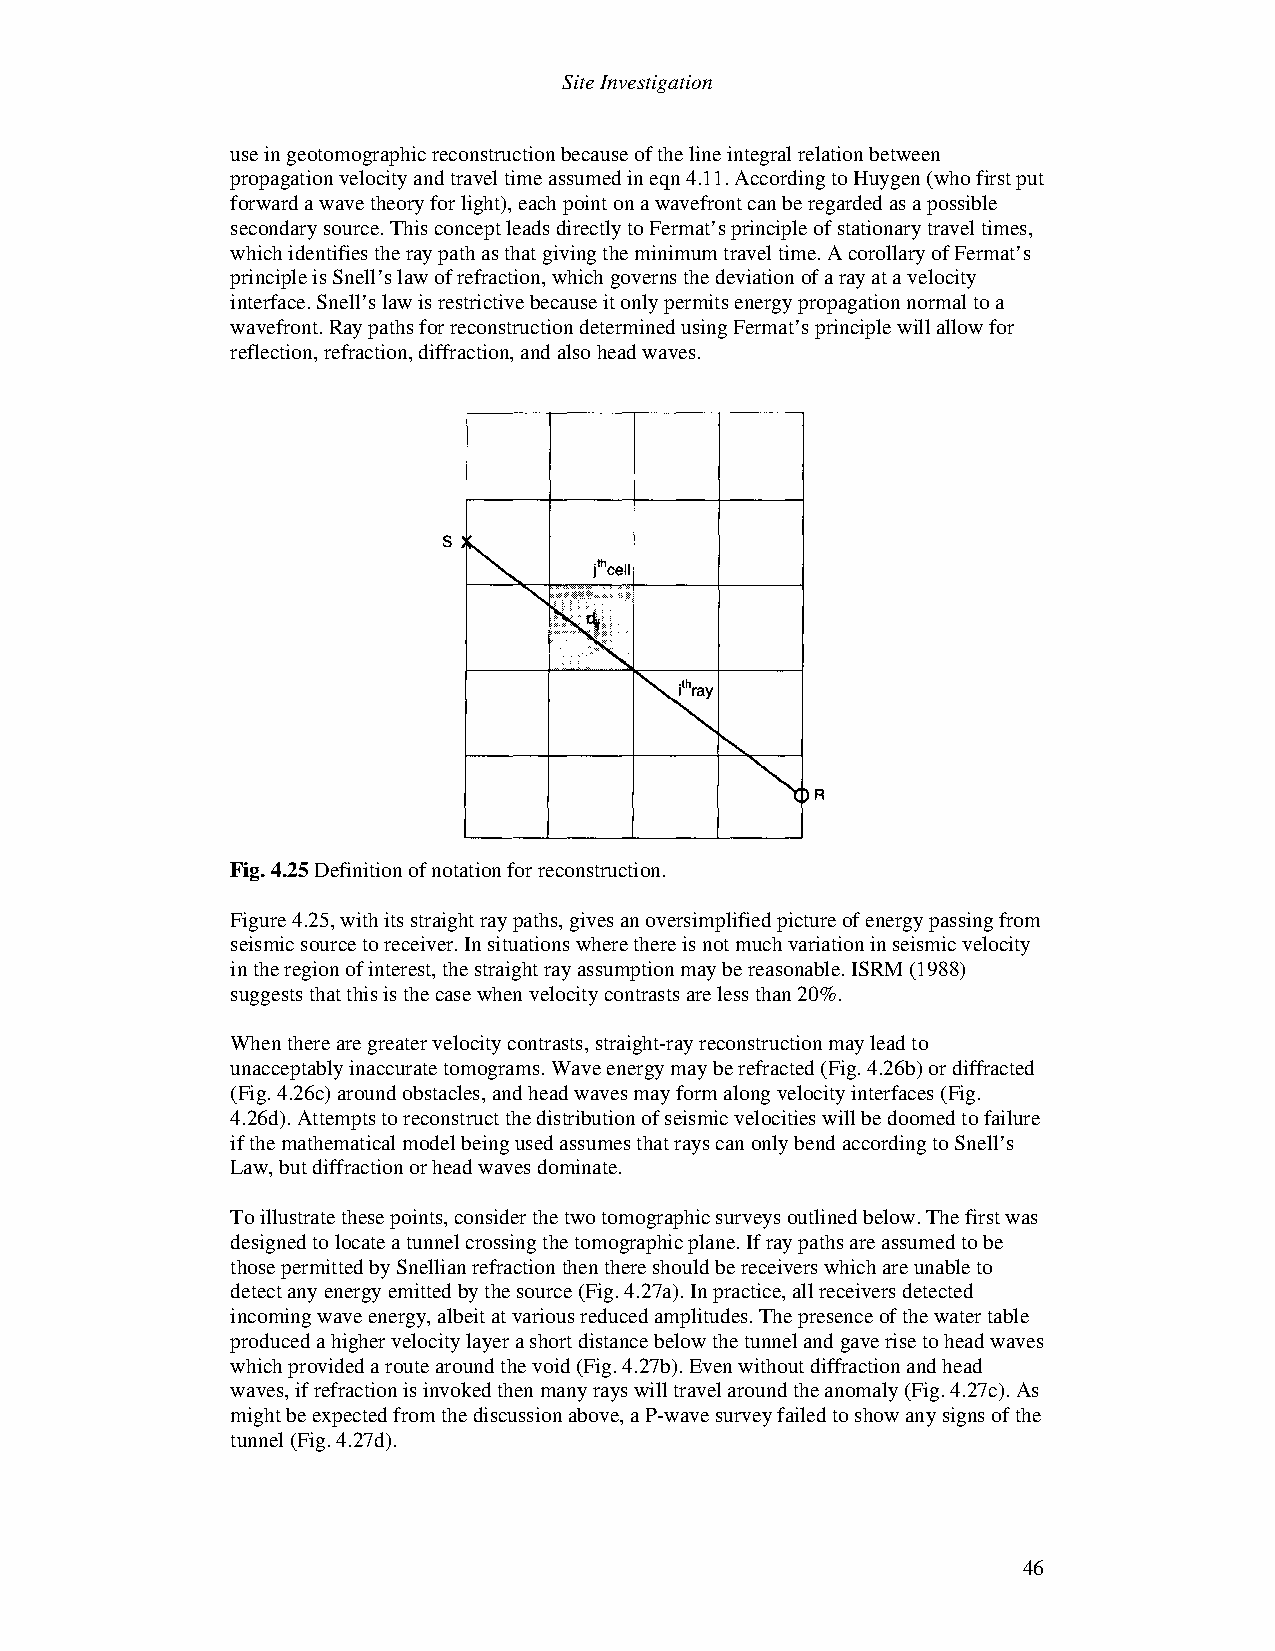
Site Investigation
 use in geotomographic reconstruction because of the line integral relation between
 propagation velocity and travel time assumed in eqn 4.11. According to Huygen (who first put
 forward a wave theory for light), each point on a wavefront can be regarded as a possible
 secondary source. This concept leads directly to Fermat’s principle of stationary travel times,
 which identifies the ray path as that giving the minimum travel time. A corollary of Fermat’s
 principle is Snell’s law of refraction, which governs the deviation of a ray at a velocity
 interface. Snell’s law is restrictive because it only permits energy propagation normal to a
 wavefront. Ray paths for reconstruction determined using Fermat’s principle will allow for
 reflection, refraction, diffraction, and also head waves.
 Fig. 4.25 Definition of notation for reconstruction.
 Figure 4.25, with its straight ray paths, gives an oversimplified picture of energy passing from
 seismic source to receiver. In situations where there is not much variation in seismic velocity
 in the region of interest, the straight ray assumption may be reasonable. ISRM (1988)
 suggests that this is the case when velocity contrasts are less than 20%.
 When there are greater velocity contrasts, straight-ray reconstruction may lead to
 unacceptably inaccurate tomograms. Wave energy may be refracted (Fig. 4.26b) or diffracted
 (Fig. 4.26c) around obstacles, and head waves may form along velocity interfaces (Fig.
 4.26d). Attempts to reconstruct the distribution of seismic velocities will be doomed to failure
 if the mathematical model being used assumes that rays can only bend according to Snell’s
 Law, but diffraction or head waves dominate.
 To illustrate these points, consider the two tomographic surveys outlined below. The first was
 designed to locate a tunnel crossing the tomographic plane. If ray paths are assumed to be
 those permitted by Snellian refraction then there should be receivers which are unable to
 detect any energy emitted by the source (Fig. 4.27a). In practice, all receivers detected
 incoming wave energy, albeit at various reduced amplitudes. The presence of the water table
 produced a higher velocity layer a short distance below the tunnel and gave rise to head waves
 which provided a route around the void (Fig. 4.27b). Even without diffraction and head
 waves, if refraction is invoked then many rays will travel around the anomaly (Fig. 4.27c). As
 might be expected from the discussion above, a P-wave survey failed to show any signs of the
 tunnel (Fig. 4.27d).
 46